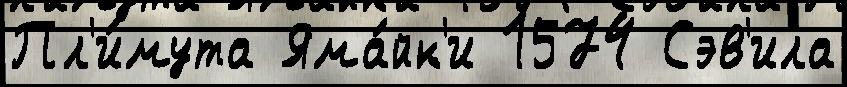
Пл'и́мута Яма́йк'и 1574 Сэв'ила